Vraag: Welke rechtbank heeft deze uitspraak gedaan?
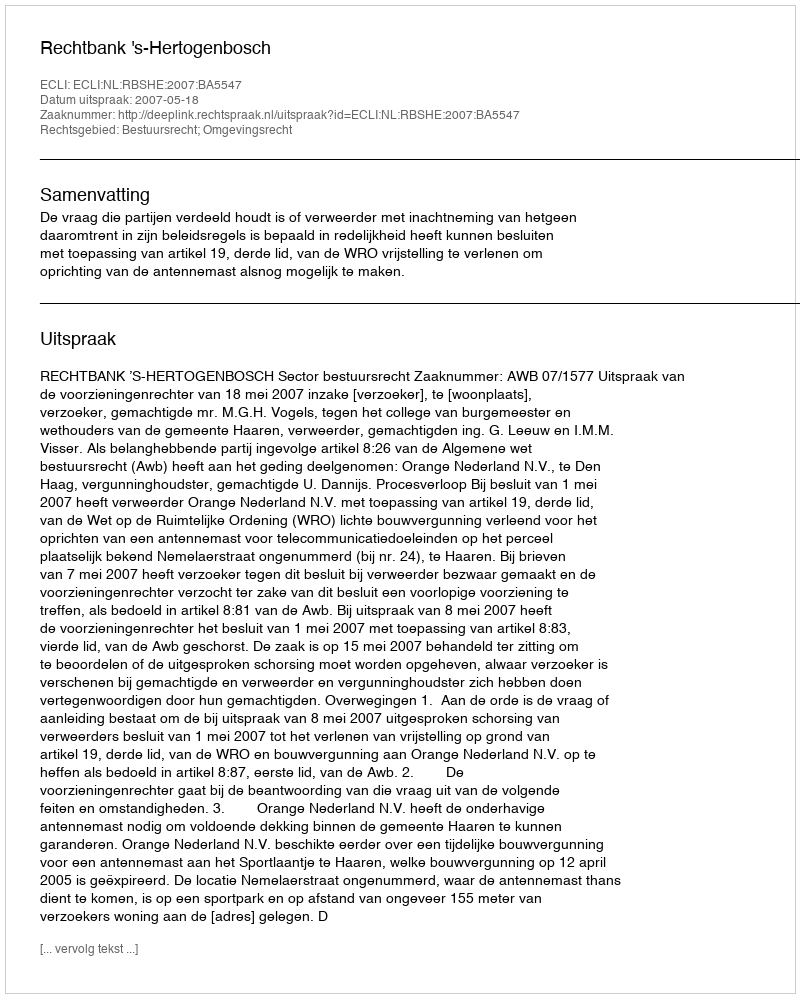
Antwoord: Rechtbank 's-Hertogenbosch